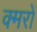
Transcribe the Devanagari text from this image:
क्मरों